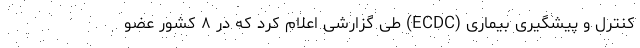
کنترل و پیشگیری بیماری (ECDC) طی گزارشی اعلام کرد که در ۸ کشور عضو